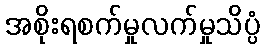
အစိုးရစက်မှုလက်မှုသိပ္ပံ